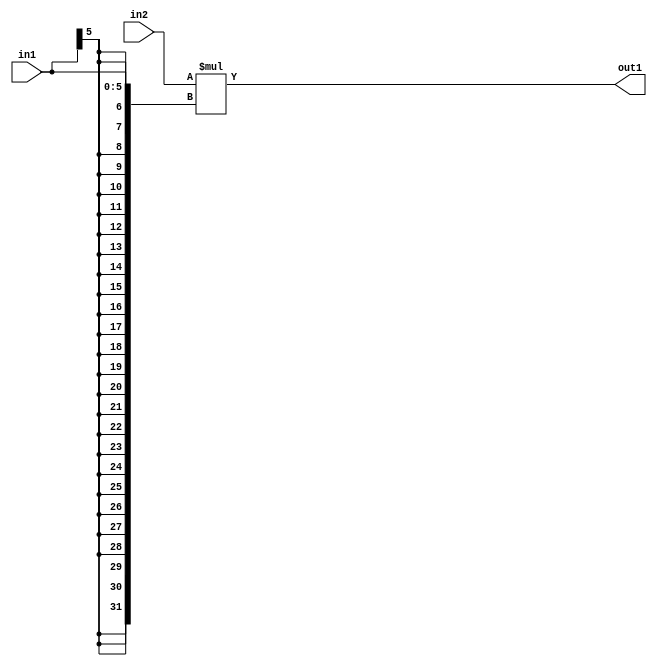
`timescale 1ps / 1ps
/*****************************************************************************
    Verilog RTL Description
    
    
    Created by: Stratus DpOpt 21.05.01 
*******************************************************************************/

module SobelFilter_Mul_32Sx6S_32S_4 (
	in2,
	in1,
	out1
	); /* architecture "behavioural" */ 
input [31:0] in2;
input [5:0] in1;
output [31:0] out1;
wire [31:0] asc001;

assign asc001 = 
	+(in2 * {{26{in1[5]}}, in1});

assign out1 = asc001;
endmodule

/* CADENCE  ubPzSgw= : u9/ySxbfrwZIxEzHVQQV8Q== ** DO NOT EDIT THIS LINE ******/